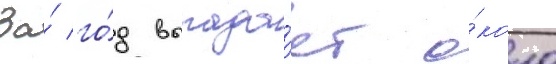
За́ го́д выпада́ет о́коло